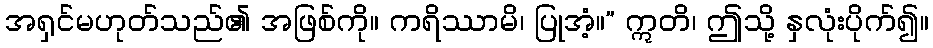
အရှင်မဟုတ်သည်၏ အဖြစ်ကို။ ကရိဿာမိ၊ ပြုအံ့။” ဣတိ၊ ဤသို့ နှလုံးပိုက်၍။